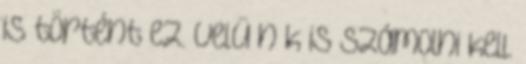
is történt ez. velü n k is számolni kell.